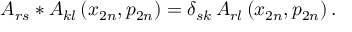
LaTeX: A _ { r s } * A _ { k l } \left( x _ { 2 n } , p _ { 2 n } \right) = \delta _ { s k } \, A _ { r l } \left( x _ { 2 n } , p _ { 2 n } \right) .